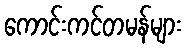
ကောင်းကင်တမန်များ